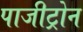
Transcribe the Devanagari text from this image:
पाजीट्रोन